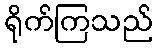
ရိုက်ကြသည်